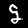
Digit: 9